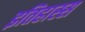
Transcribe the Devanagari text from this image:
इतिहास्स